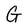
Character: G